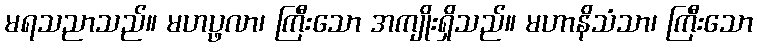
မရသညာသည်။ မဟပ္ဖလာ၊ ကြီးသော အကျိုးရှိသည်။ မဟာနိသံသာ၊ ကြီးသော